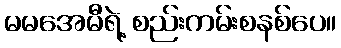
မမအေမီရဲ့ စည်းကမ်းစနစ်ပေ။